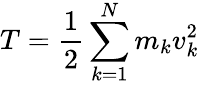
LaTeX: T={\frac{1}{2}}\sum_{k=1}^{N}m_{k}v_{k}^{2}